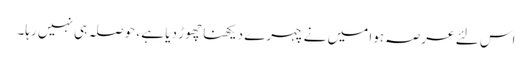
اس لئے عرصہ ہوا میں نے چہرے دیکھنا چھوڑ دیا ہے ، حوصلہ ہی نہیں رہا۔